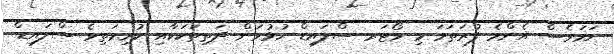
ނަމަވެސް އެންމެ ފުރަތަމަ މި ވޯޓަރ ސްލައިޑް ހުޅުވަން ދަތިތަކަކާއި ކުރިމަތިވެ ސްލައިޑް